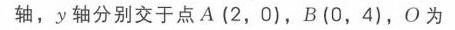
轴，\(y\)轴分别交于点\(A(2,0)\)，\(B(0,4)\)，\(O\)为